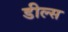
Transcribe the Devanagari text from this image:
डील्स